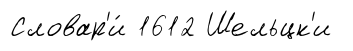
Словар'и́ 1612 Шельцк'и